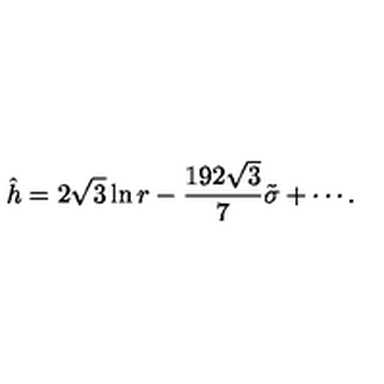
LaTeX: \hat { h } = 2 \sqrt { 3 } \ln r - \frac { 1 9 2 \sqrt { 3 } } { 7 } \tilde { \sigma } + \cdots .